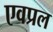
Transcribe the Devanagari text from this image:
एवप्रल